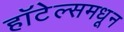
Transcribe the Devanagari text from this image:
हॉटेल्समधून